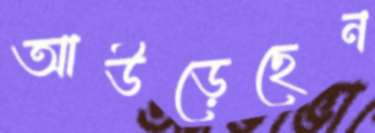
আউড়েছেন